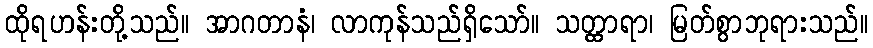
ထိုရဟန်းတို့သည်။ အာဂတာနံ၊ လာကုန်သည်ရှိသော်။ သတ္ထာရာ၊ မြတ်စွာဘုရားသည်။